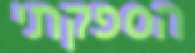
הספקתי